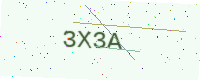
Text: 3X3A